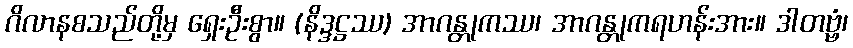
ဂိလာနစသည်တို့မှ ရှေးဦးစွာ။ (နိဒ္ဒဋ္ဌဿ) အာဂန္တုကဿ၊ အာဂန္တုကရဟန်းအား။ ဒါတဗ္ဗံ၊